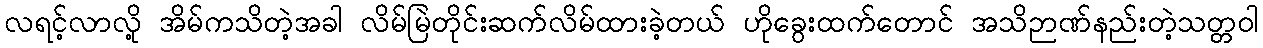
လရင့်လာလို့ အိမ်ကသိတဲ့အခါ လိမ်မြဲတိုင်းဆက်လိမ်ထားခဲ့တယ် ဟိုခွေးထက်တောင် အသိဉာဏ်နည်းတဲ့သတ္တဝါ